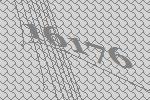
16176